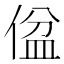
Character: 𪝕